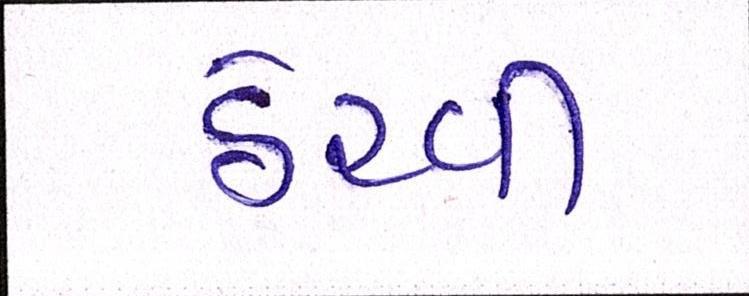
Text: ઠેરવી